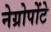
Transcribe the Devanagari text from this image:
नेग्रोपोंटे